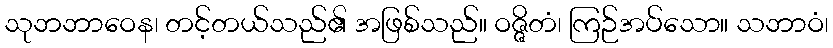
သုဘဘာဝေန၊ တင့်တယ်သည်၏ အဖြစ်သည်။ ဝဇ္ဇိတံ၊ ကြဉ်အပ်သော။ သဘာဝံ၊